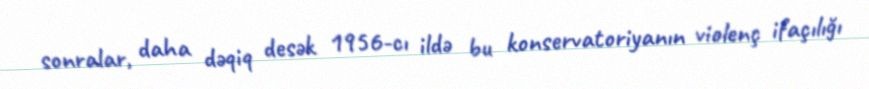
sonralar, daha dəqiq desək 1956-cı ildə bu konservatoriyanın violenç ifaçılığı